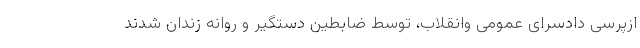
ازپرسی دادسرای عمومی وانقلاب، توسط ضابطین دستگیر و روانه زندان شدند